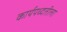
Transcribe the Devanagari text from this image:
कार्यपध्दतीला